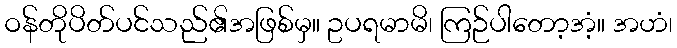
ဝန်တိုပိတ်ပင်သည်၏အဖြစ်မှ။ ဥပရမာမိ၊ ကြဉ်ပါတော့အံ့။ အဟံ၊